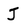
Character: J